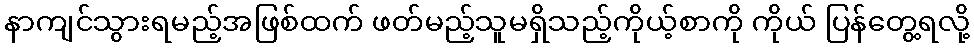
နာကျင်သွားရမည့်အဖြစ်ထက် ဖတ်မည့်သူမရှိသည့်ကိုယ့်စာကို ကိုယ် ပြန်တွေ့ရလို့